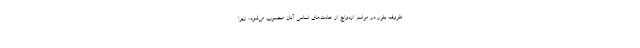
ظروف بلور در مراسم ازدواج از عادت‌های اساسی آنان محسوب می‌شود، زیرا